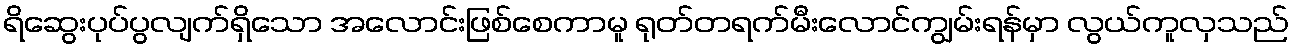
ရိဆွေးပုပ်ပွလျက်ရှိသော အလောင်းဖြစ်စေကာမူ ရုတ်တရက်မီးလောင်ကျွမ်းရန်မှာ လွယ်ကူလှသည်